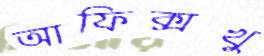
আফিক্সখু